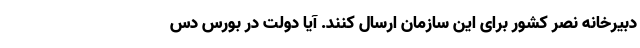
دبیرخانه نصر کشور برای این سازمان ارسال کنند. آیا دولت در بورس دس